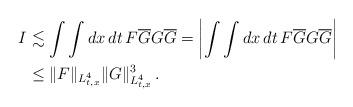
LaTeX: \begin{align*}I &\lesssim \int\int dx\,dt\, F \overline{G} G \overline{G} = \left|\int\int dx\,dt\, F \overline{G} G \overline{G} \right| \\&\leq \|F\|_{L^4_{t,x}} \|G\|_{L^4_{t,x}}^3\,.\end{align*}